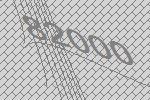
82000